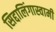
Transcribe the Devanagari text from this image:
सिद्दालिंगास्वामी